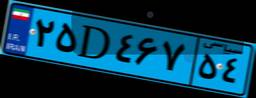
۹۸D۷۷۵۶۶